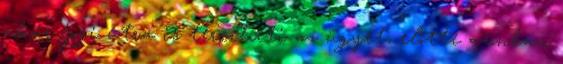
akár jogi útra is terelheti az ügyet, előtte azonban